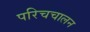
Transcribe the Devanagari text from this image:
परिचचालन